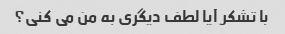
با تشکر آیا لطف دیگری به من می کنی؟